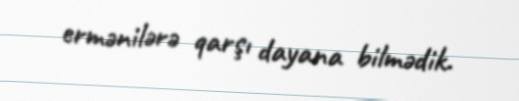
ermənilərə qarşı dayana bilmədik.